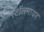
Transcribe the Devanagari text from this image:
स्टॉलमायर